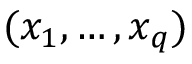
( x _ { 1 } , \dots , x _ { q } )